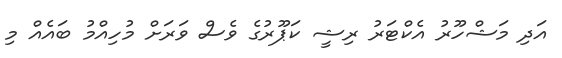
އަދި މަޝްހޫރު އެކްޓަރު ރިޝީ ކަޕޫރުގެ ވެސް ވަރަށް މުހިއްމު ބައެއް މި